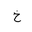
Letter: _kha